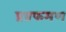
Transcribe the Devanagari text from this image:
प्रव्रफमण